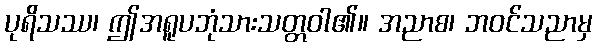
ပုရိသဿ၊ ဤအရူပဘုံသားသတ္တဝါ၏။ အညာစ၊ ဘဝင်သညာမှ